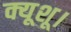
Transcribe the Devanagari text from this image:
क्यूशू।